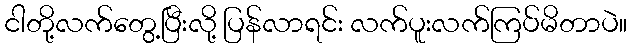
ငါတို့လက်တွေ့ပြီးလို့ ပြန်လာရင်း လက်ပူးလက်ကြပ်မိတာပဲ။